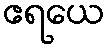
ဧရယေ